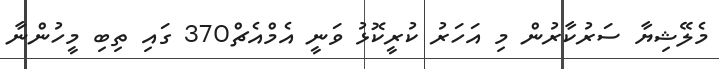
މެލޭޝިޔާ ސަރުކާރުން މި އަހަރު ކުރީކޮޅު ވަނީ އެމްއެޗް370 ގައި ތިބި މީހުންނާ